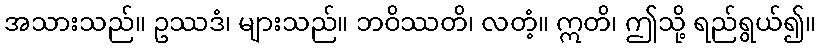
အသားသည်။ ဥဿဒံ၊ များသည်။ ဘဝိဿတိ၊ လတံ့။ ဣတိ၊ ဤသို့ ရည်ရွယ်၍။